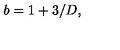
b = 1 + 3 / D , \,